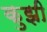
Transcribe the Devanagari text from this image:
कुझी